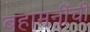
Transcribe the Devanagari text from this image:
बहामनींची